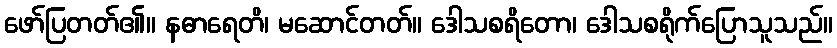
ဖော်ပြတတ်၏။ နဓာရေတိ၊ မဆောင်တတ်။ ဒေါသစရိတော၊ ဒေါသစရိုက်ပြောသူသည်။